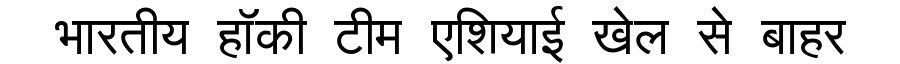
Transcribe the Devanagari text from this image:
भारतीय हॉकी टीम एशियाई खेल से बाहर